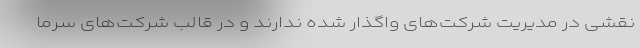
نقشی در مدیریت شرکت‌های واگذار شده ندارند و در قالب شرکت‌های سرما